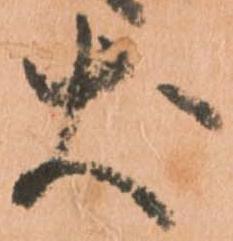
犬